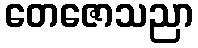
တေဇောသညာ